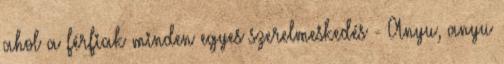
ahol a férfiak minden egyes szerelmeskedés - Anyu, anyu